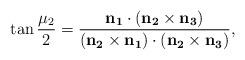
LaTeX: \begin{align*} \tan{\frac{\mu_2}2} = \frac{\bf{n}_1\cdot(\bf{n}_2\times\bf{n}_3)} {(\bf{n}_2\times\bf{n}_1)\cdot(\bf{n}_2\times\bf{n}_3)},\end{align*}